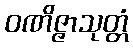
ဝဏိဇ္ဇာသုတ္တံ